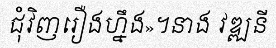
ជុំវិញរឿងហ្នឹង»។នាង វឌ្ឍនី